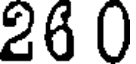
26 0